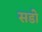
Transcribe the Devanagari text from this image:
सडो